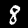
Label: 8